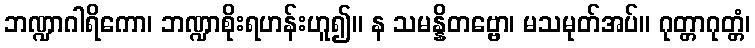
ဘဏ္ဍာဂါရိကော၊ ဘဏ္ဍာစိုးရဟန်းဟူ၍။ န သမန္နိတဗ္ဗော၊ မသမုတ်အပ်။ ဂုတ္တာဂုတ္တံ၊